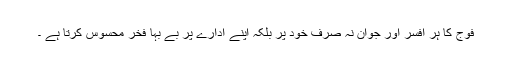
فوج کا ہر افسر اور جوان نہ صرف خود پر بلکہ اپنے ادارے پر بے بہا فخر محسوس کرتا ہے ۔